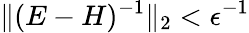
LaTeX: \| (E-H)^{-1}\| _{2}<\epsilon^{-1}